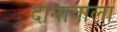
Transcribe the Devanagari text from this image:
दानावाला